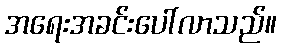
အရေးအခင်းပေါ်လာသည်။